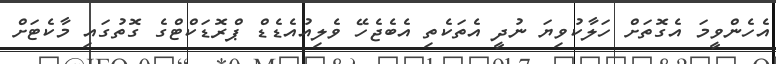
އެހެންވީމަ އެގޮތަށް ހަލާކުވިޔަ ނުދީ އެތަކެތި އެބެޖެހޭ ވެލިއުއެޑެޑް ޕްރޮޑަކްޓްގެ ގޮތުގައި މާކެޓަށް